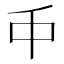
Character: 𠂝